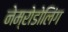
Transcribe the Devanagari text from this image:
नेम्रोडोलिंग